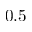
0 . 5